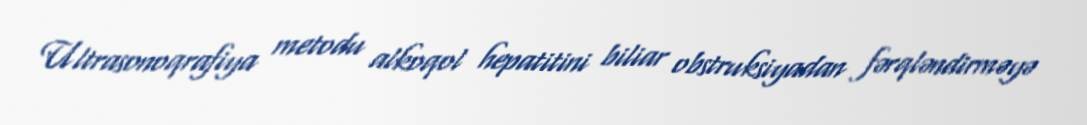
Ultrasonoqrafiya metodu alkoqol hepatitini biliar obstruksiyadan fərqləndirməyə